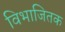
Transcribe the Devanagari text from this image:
विभाजितक